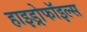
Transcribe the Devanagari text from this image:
हाइड्रोफॉइल्स